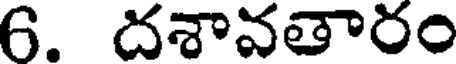
6. దశావతారం